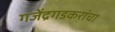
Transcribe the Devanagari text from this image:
गजेंद्रगडकरांचा